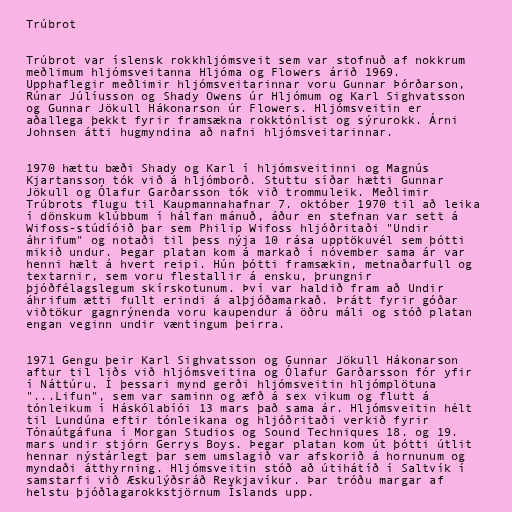
Trúbrot

Trúbrot var íslensk rokkhljómsveit sem var stofnuð af nokkrum
meðlimum hljómsveitanna Hljóma og Flowers árið 1969.
Upphaflegir meðlimir hljómsveitarinnar voru Gunnar Þórðarson,
Rúnar Júlíusson og Shady Owens úr Hljómum og Karl Sighvatsson
og Gunnar Jökull Hákonarson úr Flowers. Hljómsveitin er
aðallega þekkt fyrir framsækna rokktónlist og sýrurokk. Árni
Johnsen átti hugmyndina að nafni hljómsveitarinnar.

1970 hættu bæði Shady og Karl í hljómsveitinni og Magnús
Kjartansson tók við á hljómborð. Stuttu síðar hætti Gunnar
Jökull og Ólafur Garðarsson tók við trommuleik. Meðlimir
Trúbrots flugu til Kaupmannahafnar 7. október 1970 til að leika
í dönskum klúbbum í hálfan mánuð, áður en stefnan var sett á
Wifoss-stúdíóið þar sem Philip Wifoss hljóðritaði "Undir
áhrifum" og notaði til þess nýja 10 rása upptökuvél sem þótti
mikið undur. Þegar platan kom á markað í nóvember sama ár var
henni hælt á hvert reipi. Hún þótti framsækin, metnaðarfull og
textarnir, sem voru flestallir á ensku, þrungnir
þjóðfélagslegum skírskotunum. Því var haldið fram að Undir
áhrifum ætti fullt erindi á alþjóðamarkað. Þrátt fyrir góðar
viðtökur gagnrýnenda voru kaupendur á öðru máli og stóð platan
engan veginn undir væntingum þeirra.

1971 Gengu þeir Karl Sighvatsson og Gunnar Jökull Hákonarson
aftur til liðs við hljómsveitina og Ólafur Garðarsson fór yfir
í Náttúru. Í þessari mynd gerði hljómsveitin hljómplötuna
"...Lifun", sem var saminn og æfð á sex vikum og flutt á
tónleikum í Háskólabíói 13 mars það sama ár. Hljómsveitin hélt
til Lundúna eftir tónleikana og hljóðritaði verkið fyrir
Tónaútgáfuna í Morgan Studios og Sound Techniques 18. og 19.
mars undir stjórn Gerrys Boys. Þegar platan kom út þótti útlit
hennar nýstárlegt þar sem umslagið var afskorið á hornunum og
myndaði átthyrning. Hljómsveitin stóð að útihátíð í Saltvík í
samstarfi við Æskulýðsráð Reykjavíkur. Þar tróðu margar af
helstu þjóðlagarokkstjörnum Íslands upp.